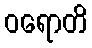
ဝရောတိ